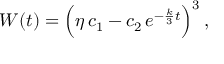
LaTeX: W ( t ) = { \Big ( } \eta \, c _ { 1 } - c _ { 2 } \, e ^ { - { \frac { k } { 3 } } t } { \Big ) } ^ { 3 } \, ,